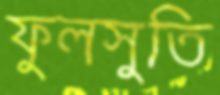
ফুলসুতি